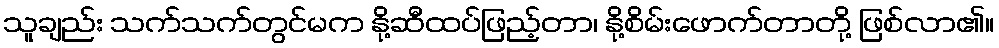
သူချည်း သက်သက်တွင်မက နို့ဆီထပ်ဖြည့်တာ၊ နို့စိမ်းဖောက်တာတို့ ဖြစ်လာ၏။